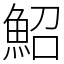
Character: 鮉